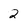
Character: 2